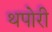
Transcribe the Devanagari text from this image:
थपोरी